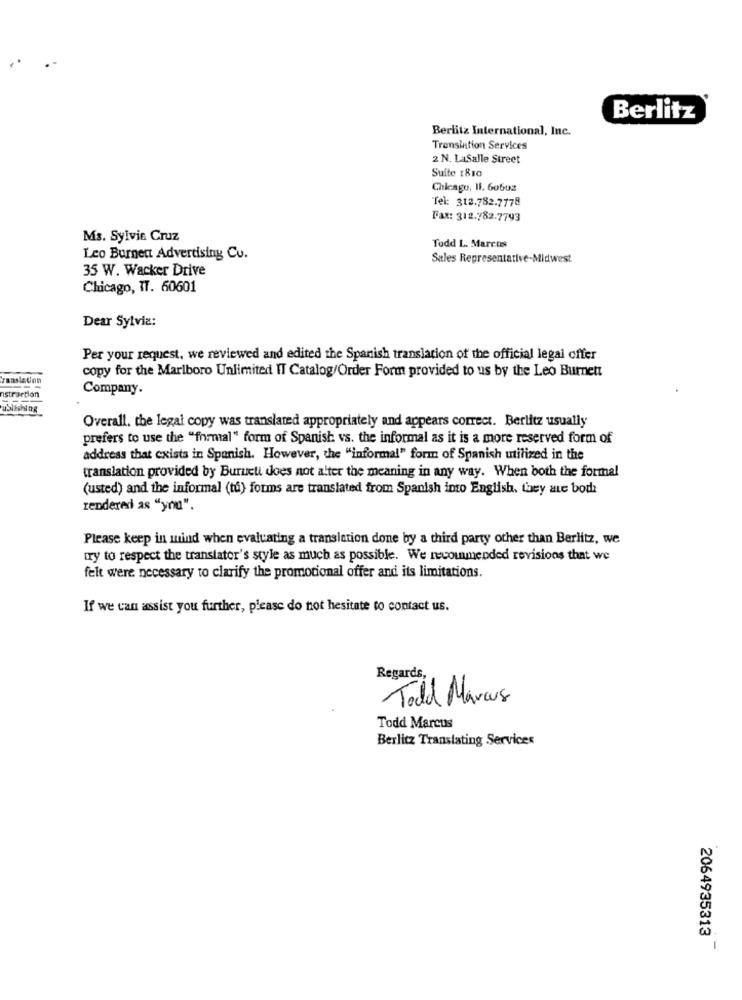
Berlitz
Berlitz International, Inc.
Trensintion Services
2 N. LaSalle Street
Suite 1810
Chleago, 11. 60602
Tel: 312.782.7778
Fax: 312.782.7793
Ms. Sylvie Cruz
Todd L. Marcos
Leo Burnett Advertising Cu.
Sales Representative-Midwest
35 W. Wacker Drive
Chicago, IT. 60601
Dear Sylvia:
Per your request, we reviewed and edited the Spanish translation of the official legal offer
copy for the Marlboro Unlimited IT Catalog/Order Form provided to us by the Leo Burnett
Company.
Overall, the legal copy was translated appropriately and appears correct. Berlitz usually
prefers to use the "formal" form of Spanish vs. the informal as it is a more reserved form of
address that exists in Spanish. However, the "informal" form of Spanish utilized in the
translation provided by Burueti does not alter the meaning in any way. When both the formal
(usted) and the informal (tu) forms are translated from Spanish into English, they are both
rendered as "you".
Please keep in mind when evaluating a transition done by a third party other than Berlitz, we
try to respect the translator's style as much as possible. We recouunended revisions that we
felt were necessary to clarify the promotional offer and its limitations.
If we can assist you further, please do not hesitate to contact us.
Regards,
Todd Marcus
Todd Marcus
Berlitz Translating Services
2064935313
-